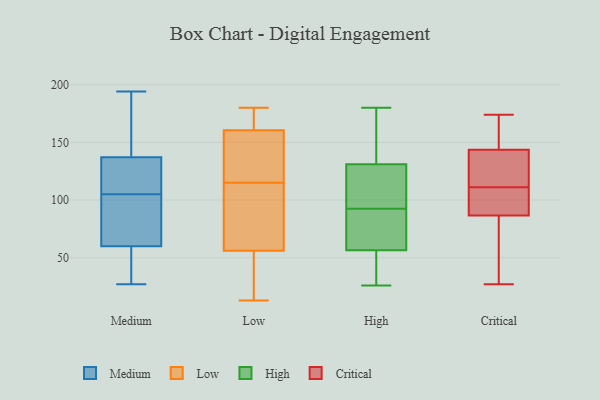
{"axis": {"x": "Customer Acquisition Cost (USD)", "y": "Value"}, "legend": ["Critical", "High", "Low", "Medium"], "data": [{"x": "", "y": 59, "type": "Medium"}, {"x": "", "y": 43, "type": "Medium"}, {"x": "", "y": 193, "type": "Medium"}, {"x": "", "y": 60, "type": "Medium"}, {"x": "", "y": 101, "type": "Medium"}, {"x": "", "y": 132, "type": "Medium"}, {"x": "", "y": 194, "type": "Medium"}, {"x": "", "y": 121, "type": "Medium"}, {"x": "", "y": 107, "type": "Medium"}, {"x": "", "y": 98, "type": "Medium"}, {"x": "", "y": 103, "type": "Medium"}, {"x": "", "y": 137, "type": "Medium"}, {"x": "", "y": 27, "type": "Medium"}, {"x": "", "y": 138, "type": "Medium"}, {"x": "", "y": 167, "type": "Low"}, {"x": "", "y": 136, "type": "Low"}, {"x": "", "y": 76, "type": "Low"}, {"x": "", "y": 148, "type": "Low"}, {"x": "", "y": 39, "type": "Low"}, {"x": "", "y": 55, "type": "Low"}, {"x": "", "y": 177, "type": "Low"}, {"x": "", "y": 180, "type": "Low"}, {"x": "", "y": 154, "type": "Low"}, {"x": "", "y": 61, "type": "Low"}, {"x": "", "y": 37, "type": "Low"}, {"x": "", "y": 108, "type": "Low"}, {"x": "", "y": 57, "type": "Low"}, {"x": "", "y": 13, "type": "Low"}, {"x": "", "y": 178, "type": "Low"}, {"x": "", "y": 141, "type": "Low"}, {"x": "", "y": 122, "type": "Low"}, {"x": "", "y": 42, "type": "Low"}, {"x": "", "y": 168, "type": "Low"}, {"x": "", "y": 79, "type": "Low"}, {"x": "", "y": 121, "type": "High"}, {"x": "", "y": 169, "type": "High"}, {"x": "", "y": 66, "type": "High"}, {"x": "", "y": 160, "type": "High"}, {"x": "", "y": 125, "type": "High"}, {"x": "", "y": 50, "type": "High"}, {"x": "", "y": 135, "type": "High"}, {"x": "", "y": 48, "type": "High"}, {"x": "", "y": 63, "type": "High"}, {"x": "", "y": 180, "type": "High"}, {"x": "", "y": 88, "type": "High"}, {"x": "", "y": 35, "type": "High"}, {"x": "", "y": 76, "type": "High"}, {"x": "", "y": 127, "type": "High"}, {"x": "", "y": 97, "type": "High"}, {"x": "", "y": 26, "type": "High"}, {"x": "", "y": 141, "type": "Critical"}, {"x": "", "y": 151, "type": "Critical"}, {"x": "", "y": 174, "type": "Critical"}, {"x": "", "y": 120, "type": "Critical"}, {"x": "", "y": 27, "type": "Critical"}, {"x": "", "y": 58, "type": "Critical"}, {"x": "", "y": 43, "type": "Critical"}, {"x": "", "y": 96, "type": "Critical"}, {"x": "", "y": 153, "type": "Critical"}, {"x": "", "y": 100, "type": "Critical"}, {"x": "", "y": 130, "type": "Critical"}, {"x": "", "y": 111, "type": "Critical"}, {"x": "", "y": 107, "type": "Critical"}]}